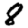
Digit: 8